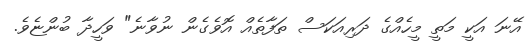
އޭނަ އަކީ މަތީ މީހެއްގެ ދަރިއަކަސް ތަފާތެއް އޮވެގެން ނުވާނެ" ވަހީދާ ބުންޏެވެ.